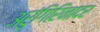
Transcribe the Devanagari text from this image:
अरुंगिरिनादर